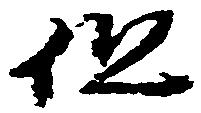
但